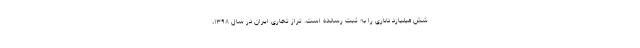
شش میلیارد دلاری را به ثبت رسانده است. تراز تجاری ایران در سال ۱۳۹۸،